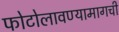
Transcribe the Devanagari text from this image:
फोटोलावण्यामागची